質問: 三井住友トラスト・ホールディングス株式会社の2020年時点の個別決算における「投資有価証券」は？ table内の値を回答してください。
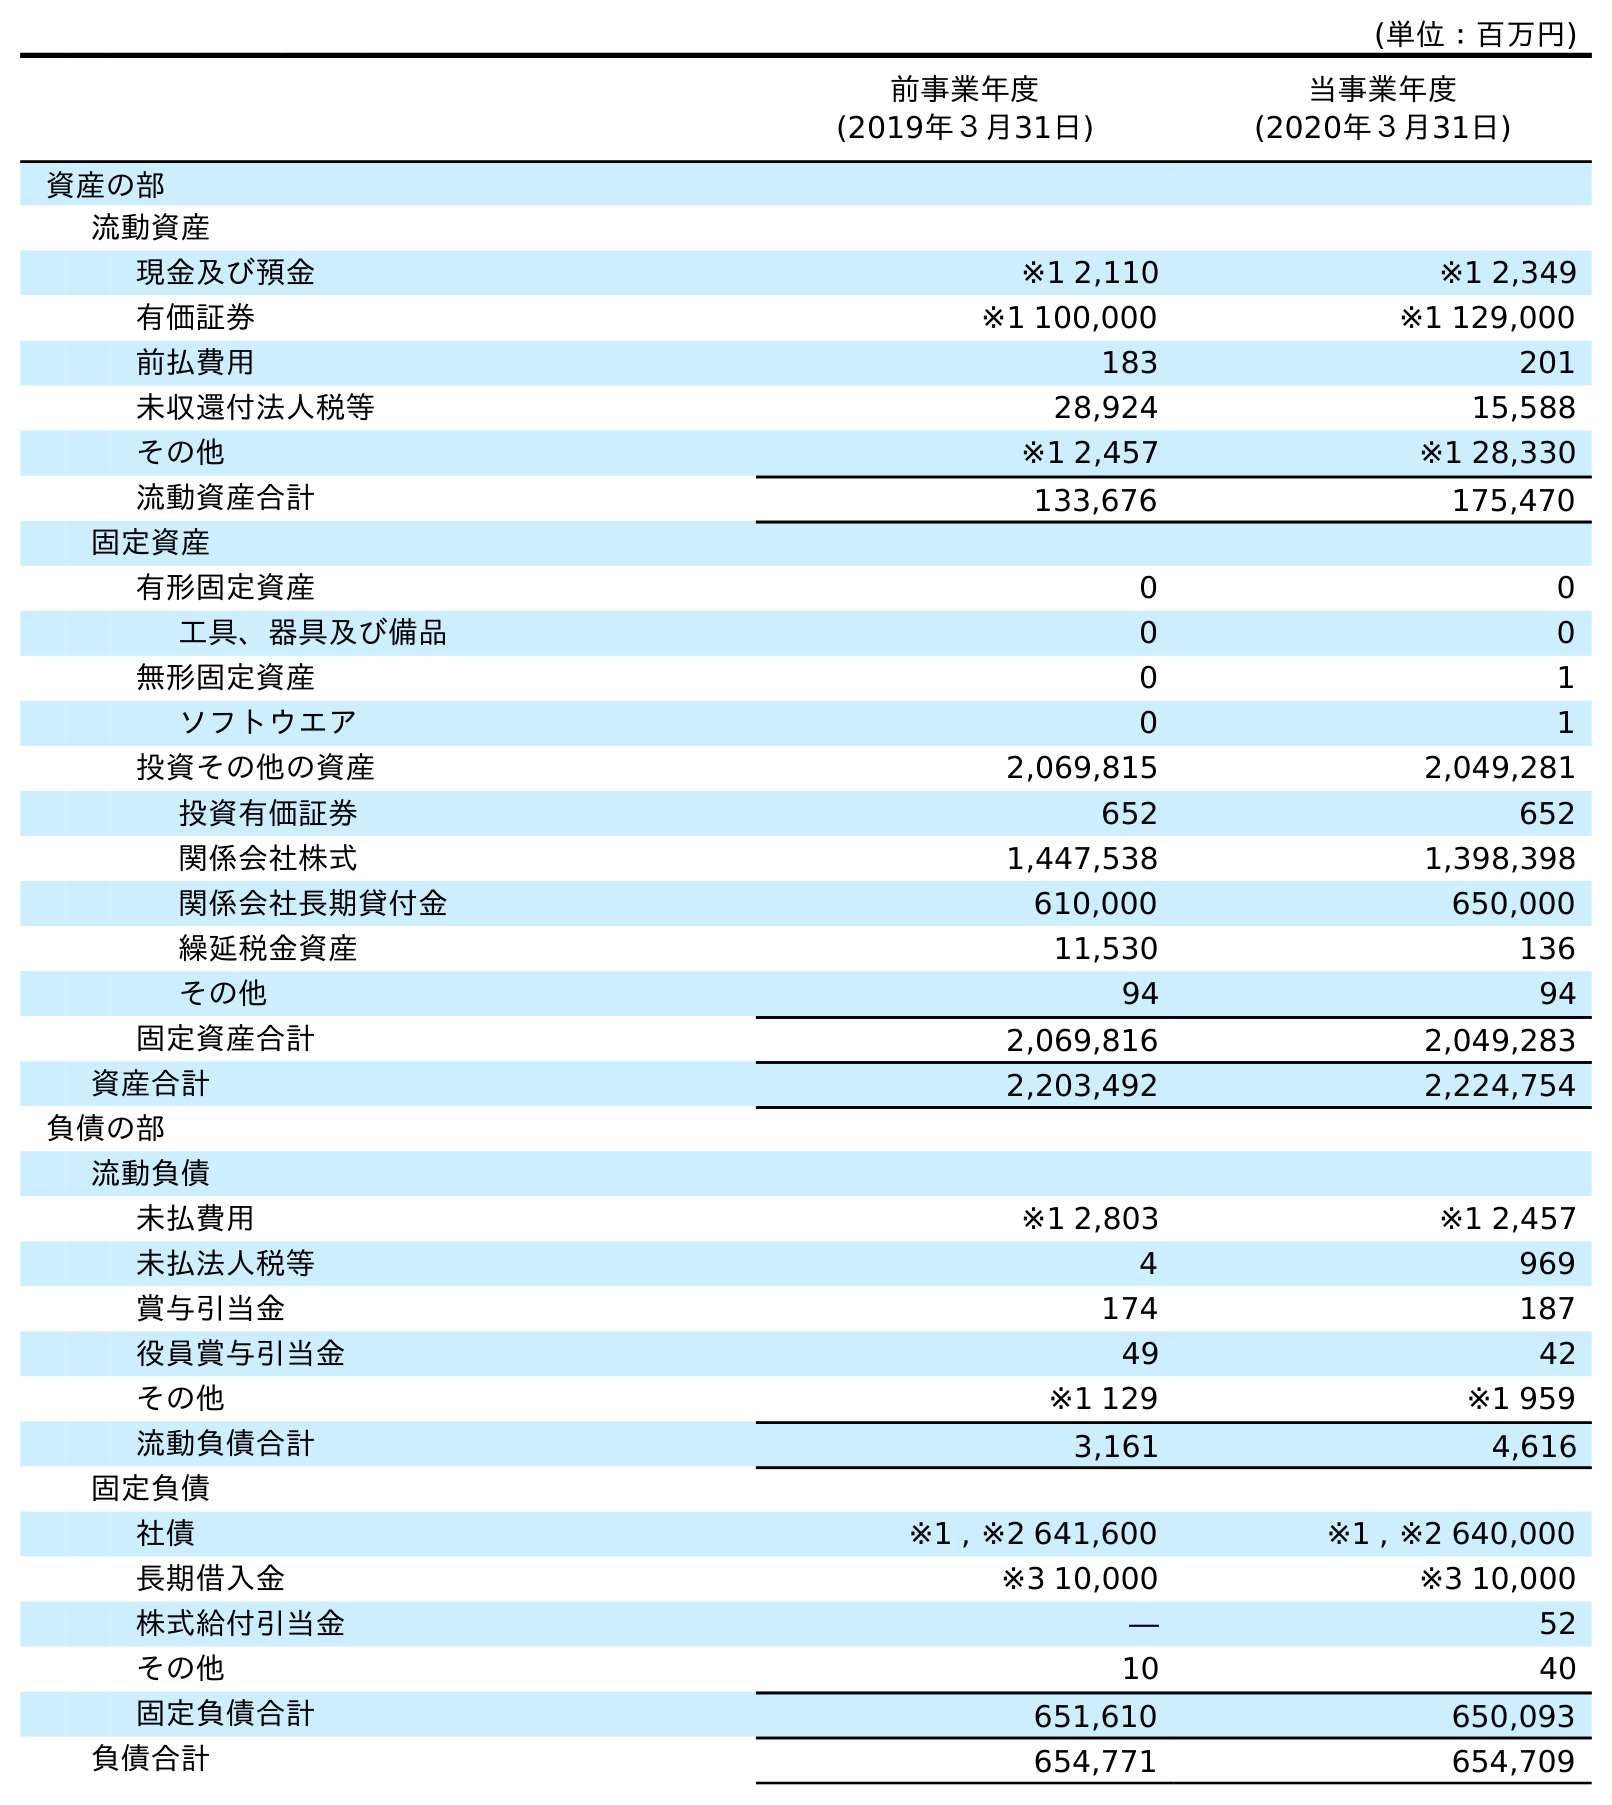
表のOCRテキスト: (単位：百万円) 前事業年度 (2019年３月31日) 当事業年度 (2020年３月31日) 資産の部 流動資産 現金及び預金 ※1 2,110 ※1 2,349 有価証券 ※1 100,000 ※1 129,000 前払費用 183 201 未収還付法人税等 28,924 15,588 その他 ※1 2,457 ※1 28,330 流動資産合計 133,676 175,470 固定資産 有形固定資産 0 0 工具、器具及び備品 0 0 無形固定資産 0 1 ソフトウエア 0 1 投資その他の資産 2,069,815 2,049,281 投資有価証券 652 652 関係会社株式 1,447,538 1,398,398 関係会社長期貸付金 610,000 650,000 繰延税金資産 11,530 136 その他 94 94 固定資産合計 2,069,816 2,049,283 資産合計 2,203,492 2,224,754 負債の部 流動負債 未払費用 ※1 2,803 ※1 2,457 未払法人税等 4 969 賞与引当金 174 187 役員賞与引当金 49 42 その他 ※1 129 ※1 959 流動負債合計 3,161 4,616 固定負債 社債 ※1 , ※2 641,600 ※1 , ※2 640,000 長期借入金 ※3 10,000 ※3 10,000 株式給付引当金 ― 52 その他 10 40 固定負債合計 651,610 650,093 負債合計 654,771 654,709
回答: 652